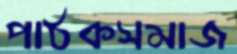
পাঠকসমাজ